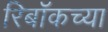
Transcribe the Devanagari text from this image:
रिबॉकच्या